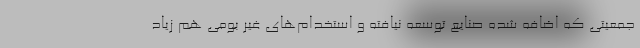
جمعیتی که اضافه شده صنایع توسعه نیافته و استخدام‌های غیر بومی هم زیاد